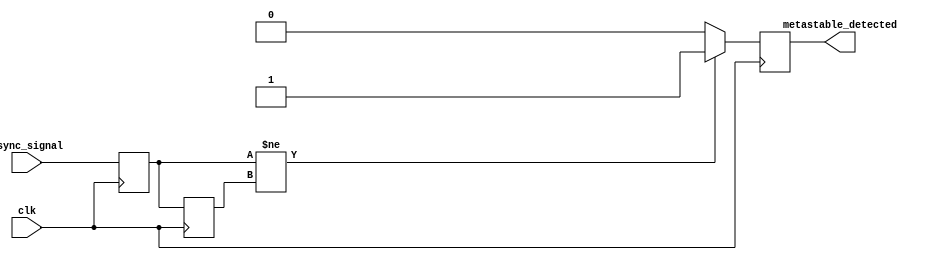
module metastability_detector (
    input wire clk,                // Clock signal
    input wire async_signal,       // Asynchronous input signal
    output reg metastable_detected // Metastability indicator output
);

    // Internal signals for the two flip-flops
    reg ff1_out;                  // Output of first flip-flop
    reg ff2_out;                  // Output of second flip-flop

    // First flip-flop: samples the asynchronous input signal
    always @(posedge clk) begin
        ff1_out <= async_signal;
    end

    // Second flip-flop: samples the output of the first flip-flop
    always @(posedge clk) begin
        ff2_out <= ff1_out;
    end

    // Metastability detection logic
    always @(posedge clk) begin
        // Check if the outputs of the two flip-flops differ
        if (ff1_out != ff2_out) begin
            metastable_detected <= 1'b1; // Metastable condition detected
        end else begin
            metastable_detected <= 1'b0; // No metastable condition
        end
    end

endmodule